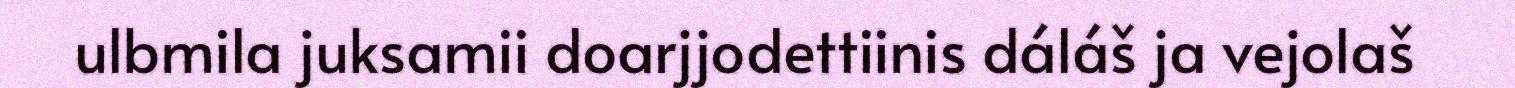
ulbmila juksamii doarjjodettiinis dáláš ja vejolaš